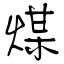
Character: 煤